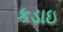
કડાઇ